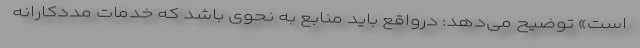
است» توضیح می‌دهد: درواقع باید منابع به نحوی باشد که خدمات مددکارانه